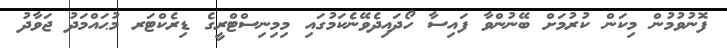
ފޮނުވުމުން މިކަން ކުރުމަށް ބޭނުންވާ ފައިސާ ހޯދައިދެވޭނެކަމުގައި މިމިނިސްޓްރީގެ ޑިރެކްޓަރ މުޙައްމަދު ޖަވާދު